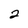
Character: 2